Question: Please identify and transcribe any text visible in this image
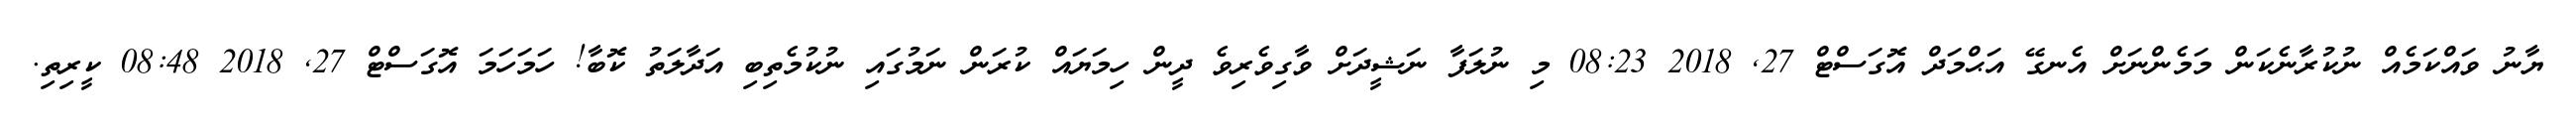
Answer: ޔާނު ވައްކަމެއް ނުކުރާނެކަން މަމެންނަށް އެނގޭ އަޙްމަދް އޮގަސްޓް 27, 2018 08:23 މި ނުލަފާ ނަޝީދަށް ވާގިވެރިވެ ދީން ހިމަޔައް ކުރަން ނަމުގައި ނުކުމެތިބި އަދާލަތު ކޮބާ! ހަމަހަމަ އޮގަސްޓް 27, 2018 08:48 ކީރިތި.